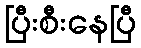
ပြီးစီးနေပြီ